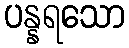
ပန္နရသော